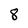
Character: 8